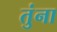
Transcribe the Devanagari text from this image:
तुंना